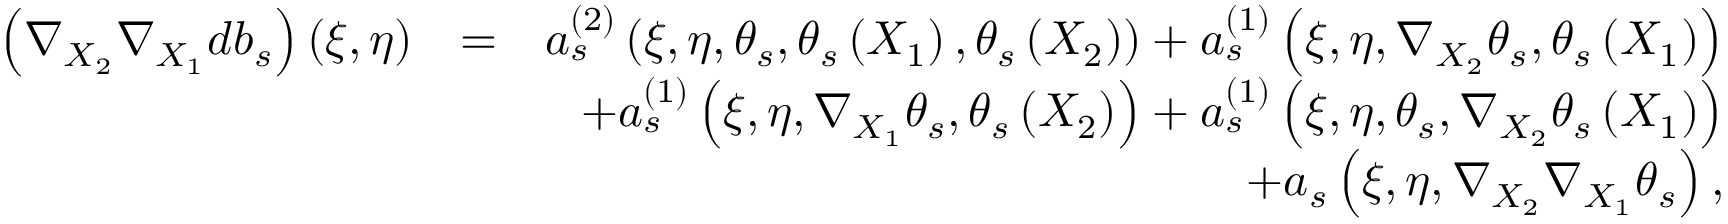
\begin{array} { r l r } { \left( \nabla _ { X _ { 2 } } \nabla _ { X _ { 1 } } d b _ { s } \right) \left( \xi , \eta \right) } & { = } & { a _ { s } ^ { \left( 2 \right) } \left( \xi , \eta , \theta _ { s } , \theta _ { s } \left( X _ { 1 } \right) , \theta _ { s } \left( X _ { 2 } \right) \right) + a _ { s } ^ { \left( 1 \right) } \left( \xi , \eta , \nabla _ { X _ { 2 } } \theta _ { s } , \theta _ { s } \left( X _ { 1 } \right) \right) } \\ & { } & { + a _ { s } ^ { \left( 1 \right) } \left( \xi , \eta , \nabla _ { X _ { 1 } } \theta _ { s } , \theta _ { s } \left( X _ { 2 } \right) \right) + a _ { s } ^ { \left( 1 \right) } \left( \xi , \eta , \theta _ { s } , \nabla _ { X _ { 2 } } \theta _ { s } \left( X _ { 1 } \right) \right) } \\ & { } & { + a _ { s } \left( \xi , \eta , \nabla _ { X _ { 2 } } \nabla _ { X _ { 1 } } \theta _ { s } \right) , } \end{array}